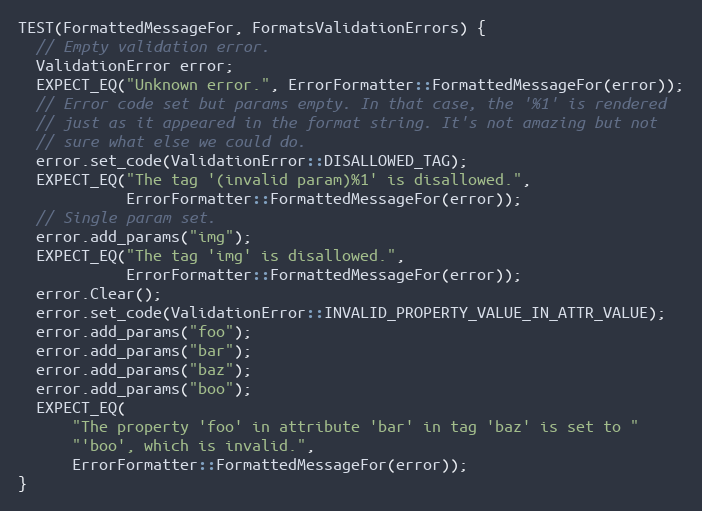
Language: C++
TEST(FormattedMessageFor, FormatsValidationErrors) {
  // Empty validation error.
  ValidationError error;
  EXPECT_EQ("Unknown error.", ErrorFormatter::FormattedMessageFor(error));
  // Error code set but params empty. In that case, the '%1' is rendered
  // just as it appeared in the format string. It's not amazing but not
  // sure what else we could do.
  error.set_code(ValidationError::DISALLOWED_TAG);
  EXPECT_EQ("The tag '(invalid param)%1' is disallowed.",
            ErrorFormatter::FormattedMessageFor(error));
  // Single param set.
  error.add_params("img");
  EXPECT_EQ("The tag 'img' is disallowed.",
            ErrorFormatter::FormattedMessageFor(error));
  error.Clear();
  error.set_code(ValidationError::INVALID_PROPERTY_VALUE_IN_ATTR_VALUE);
  error.add_params("foo");
  error.add_params("bar");
  error.add_params("baz");
  error.add_params("boo");
  EXPECT_EQ(
      "The property 'foo' in attribute 'bar' in tag 'baz' is set to "
      "'boo', which is invalid.",
      ErrorFormatter::FormattedMessageFor(error));
}